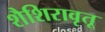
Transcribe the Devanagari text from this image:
शैशिरावृतू